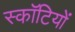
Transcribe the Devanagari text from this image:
स्कॉटियों